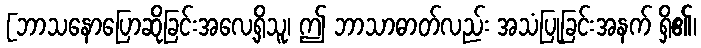
[ဘာသနောပြောဆိုခြင်းအလေ့ရှိသူ၊ ဤ ဘာသာဓာတ်လည်း အသံပြုခြင်းအနက် ရှိ၏၊